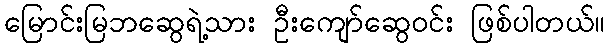
မြောင်းမြဘဆွေရဲ့သား ဦးကျော်ဆွေဝင်း ဖြစ်ပါတယ်။